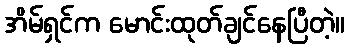
အိမ်ရှင်က မောင်းထုတ်ချင်နေပြီတဲ့။